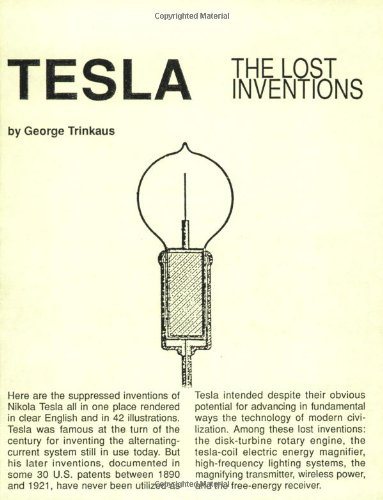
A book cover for Tesla : The Lost Inventions; George Trinkaus; Biographies & Memoirs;